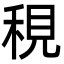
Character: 䅐